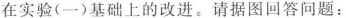
在实验(一)基础上的改进。请据图回答问题：